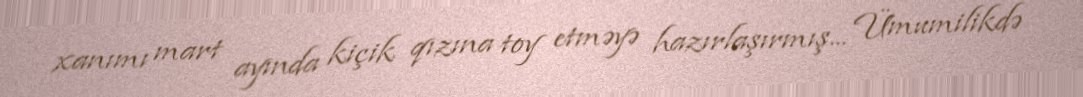
xanımı mart ayında kiçik qızına toy etməyə hazırlaşırmış... Ümumilikdə